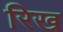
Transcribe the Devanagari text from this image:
रिख